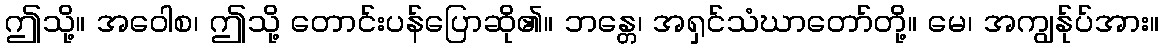
ဤသို့။ အဝေါစ၊ ဤသို့ တောင်းပန်ပြောဆို၏။ ဘန္တေ၊ အရှင်သံဃာတော်တို့။ မေ၊ အကျွန်ုပ်အား။